system: You are a helpful assistant.
user:
Analyze the provided spectrum to determine if it is a **M-type Giant (gM)**.

A M-type Giant spectrum is defined by its **strong molecular absorption** features, particularly from **Titanium Oxide (TiO)**. You must check for one of the following mutually exclusive signatures:

- **Key Visual Indicators (Absorption-Dominated Spectrum):**

    - **(Primary):** The spectrum is dominated by strong molecular absorption from **Titanium Oxide (TiO)**. This is the **defining feature** of its M-type temperature class.
        - **(Key Bandheads):** Look for sharp, "saw-tooth" absorption valleys. The strongest are located near **~7050 Å**, **~6160 Å**, and **~5170 Å**.
        - **(Line Profile):** The "saw-tooth" morphology is critical: a **sharp, steep drop on the BLUE (short-wavelength) side** of the bandhead, followed by a gradual recovery (rising flux) towards the RED (long-wavelength) side.

    - **(Key Confirmation - Giant vs. Dwarf):** **ABSENCE** of strong **Calcium Hydride (CaH)** molecular bands. This is the primary diagnostic for *excluding* M-dwarfs.
        - **(Key Region):** The spectrum should lack the strong, broad absorption band seen in dwarfs between **~6800 Å and ~7000 Å**.

    - **(Secondary Confirmation - Giant):** A very strong and broad **Neutral Calcium (Ca I)** atomic absorption line.
        - **(Key Line):** Located at **~4226 Å**. In a giant (gM), this line is significantly deeper and broader than the same line in an M-dwarf (dM) due to low surface gravity.

    - **(Overall Spectrum):**
        - The continuum is **extremely red-sloping** (i.e., flux is very low in the blue and rises dramatically towards the red).
        - The entire spectrum appears "chopped up" by the deep TiO bands.

Think first, call **spectral_visualization_tool** if needed to examine features in detail, then provide your final answer. Your response must adhere to the following strict rules:
1.  **Overall Structure:** Your response must follow the format `<think>...</think> <tool_call>...</tool_call> (if a tool is used) <answer>...</answer>`.
2.  **Tool Usage Constraint:** You may only make **one** tool call per turn.
3.  **Final Answer Format:** In the `<answer>` tag, your conclusion must be inside a `\boxed{}` command (e.g., `\boxed{YES}` or `\boxed{NO}`), followed by your justification.

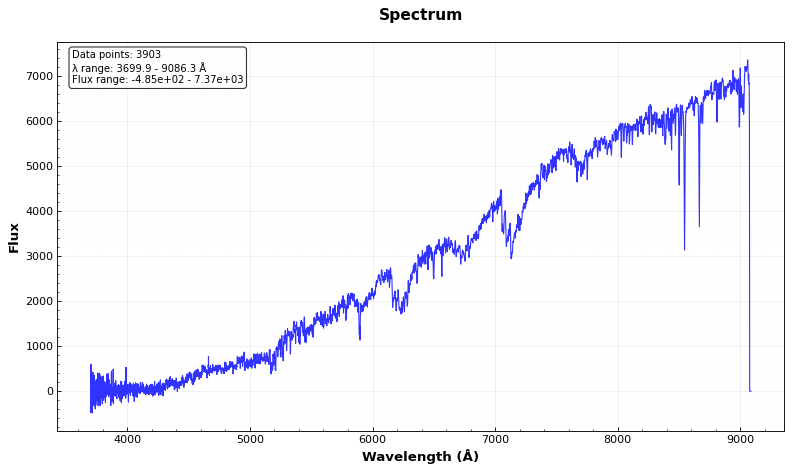
Answer: YES